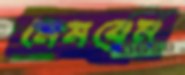
মেমব্রেন